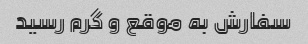
سفارش به موقع و گرم رسید